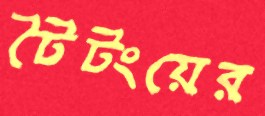
টৈটংয়ের